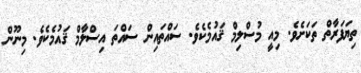
ތިޔަފަރާތް ތަކަށެވެ. މިއީ މުސްލިމް ޤައުމެކެވެ. ސައްތައިން ސައްތަ އިސްލާމް ޤައުމެކެވެ. މިނޫން